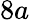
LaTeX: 8a